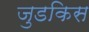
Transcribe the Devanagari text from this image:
जुडकिस